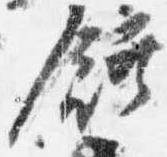
饌